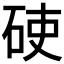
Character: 𥒅